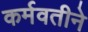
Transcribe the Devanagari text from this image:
कर्मवतीने